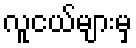
လူငယ်များမှ